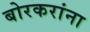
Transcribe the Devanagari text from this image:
बोरकरांना